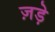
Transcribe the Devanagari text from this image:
ज़ड़े